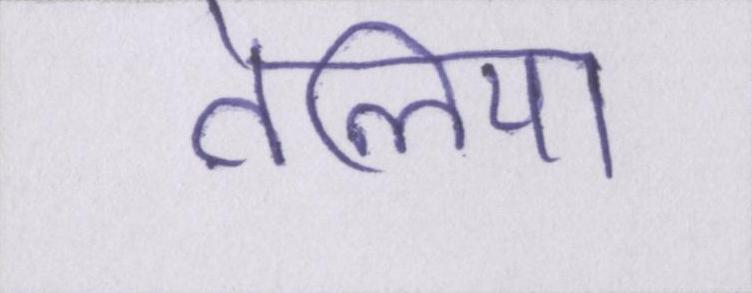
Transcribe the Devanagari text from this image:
तेलिया